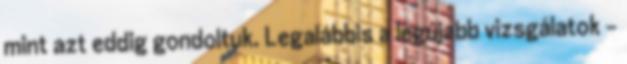
mint azt eddig gondoltuk. Legalábbis a legújabb vizsgálatok -